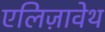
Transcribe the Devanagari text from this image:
एलिज़ावेथ